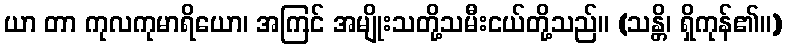
ယာ တာ ကုလကုမာရိယော၊ အကြင် အမျိုးသတို့သမီးငယ်တို့သည်။ (သန္တိ၊ ရှိကုန်၏။)